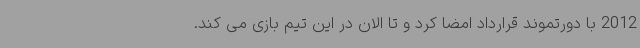
2012 با دورتموند قرارداد امضا کرد و تا الان در این تیم بازی می کند.